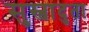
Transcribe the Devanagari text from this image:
सुस्वादुता